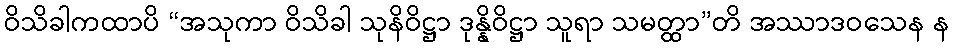
ဝိသိခါကထာပိ “အသုကာ ဝိသိခါ သုနိဝိဋ္ဌာ ဒုန္နိဝိဋ္ဌာ သူရာ သမတ္ထာ”တိ အဿာဒဝသေန န